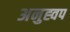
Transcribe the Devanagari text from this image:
अनुह्वप